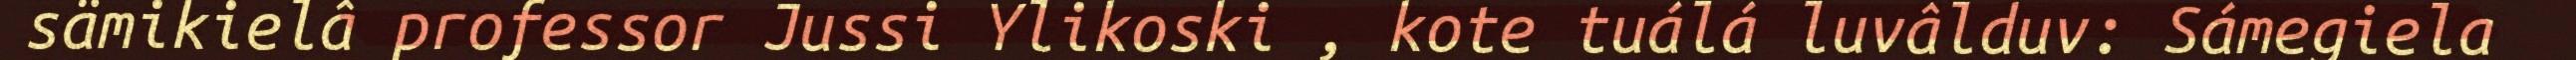
sämikielâ professor Jussi Ylikoski , kote tuálá luvâlduv: Sámegiela